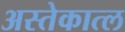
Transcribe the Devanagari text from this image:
अस्तेकात्ल